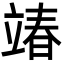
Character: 𮄵